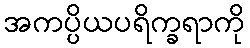
အကပ္ပိယပရိက္ခရာကို